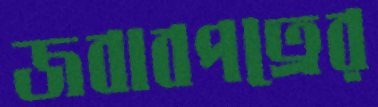
জবাবপত্রের